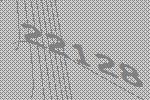
22128